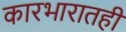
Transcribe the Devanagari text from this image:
कारभारातही